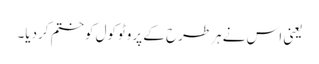
یعنی اس نے ہرطرح کے پروٹوکول کوختم کردیا۔